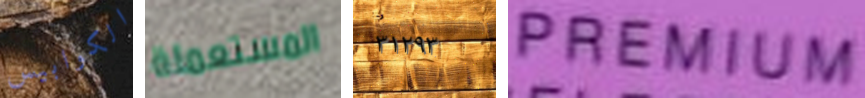
الكوابيس المستعملة ٣١٢٩٣ PREMIUM